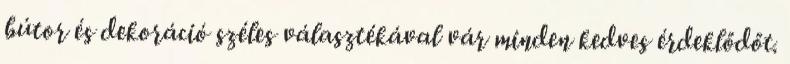
bútor és dekoráció széles választékával vár minden kedves érdeklődőt.